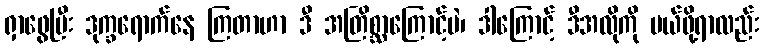
ရှာဖွေပြီး ဒုက္ခရောက်နေ ကြတာဟာ ဒီ အတြိစ္ဆာကြောင့်ပဲ၊ ဒါကြောင့် ဒီအလိုကို ပယ်ဖို့ရာလည်း